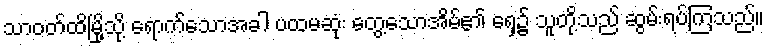
သာဝတ်ထိမြို့သို့ ရောက်သောအခါ ပထမဆုံး တွေ့သောအိမ်၏ ရှေ့၌ သူတို့သည် ဆွမ်းရပ်ကြသည်။